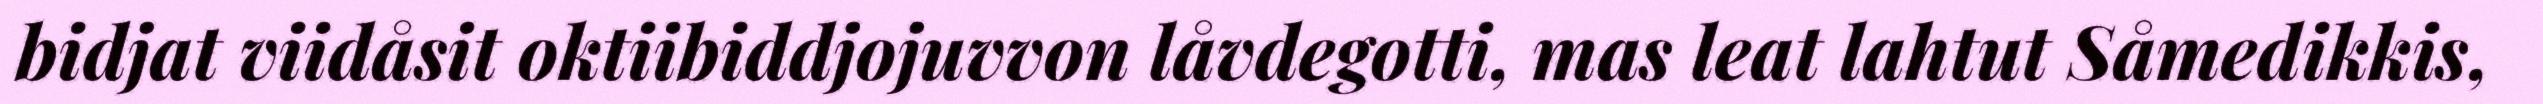
bidjat viidåsit oktiibiddjojuvvon låvdegotti, mas leat lahtut Såmedikkis,